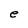
Character: e